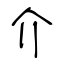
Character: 介